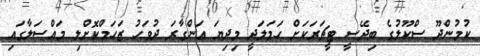
ކުމުންދޫ ސްކޫލުގެ ބިދޭސީ ޓީޗަރަކަށް ހަމަލަދީ މިދިޔަ އަންގާރަ ދުވަހު ޒަހަމްކޮށްލި މައްސަލާގައި